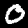
Label: 0